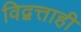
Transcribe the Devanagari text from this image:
विद्वत्ताही